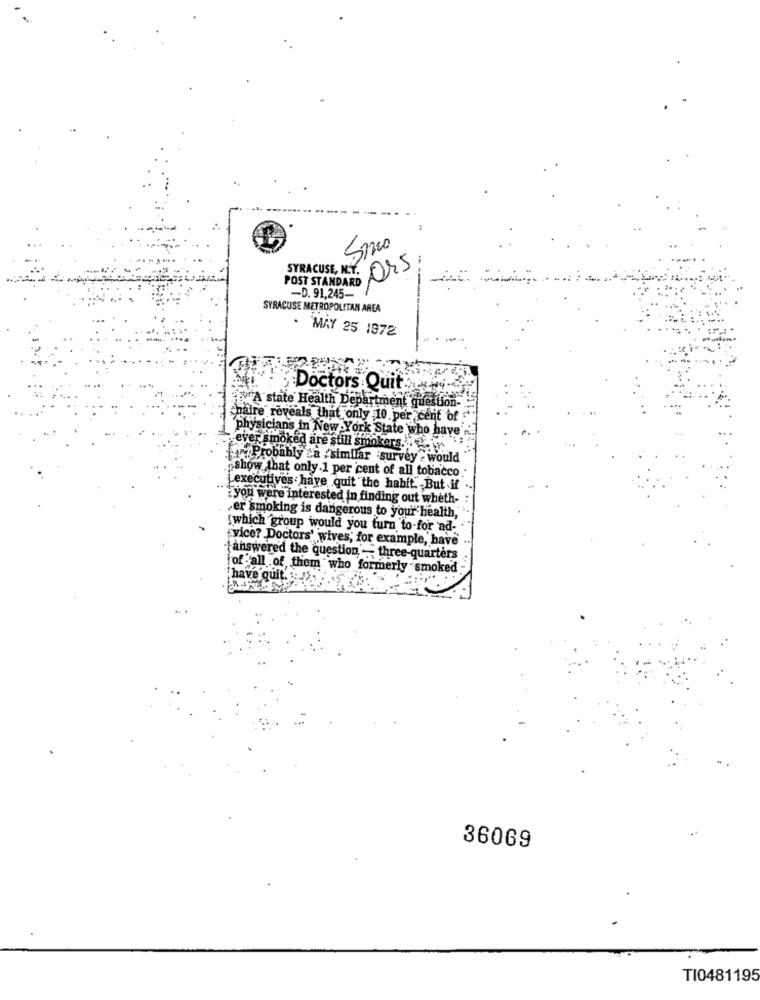
Smo
Ors
SYRACUSE, N.Y.
POST STANDARD
-D. 91,245-
SYRACUSE METROPOLITAN AREA
. MAY 25 1972
Doctors Quit.
A state Health Department quest
chaire reveals that only 10 per cent of
'physicians in New York State who have
ever smoked are still smokers ...
Probably ta /similar survey : would
show that only.1 per cent of all tobacco
Lexecutives have quit "the habit. But if
:you were interested in finding out wheth-
er smoking is dangerous to your health,"
[ which group would you turn to-for ad-
"vice? Doctors' wives, for example, have
answered the question - three-quarters
fof all of them who formerly smoked
have quit. : -
36069
TI0481195